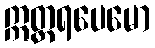
ဣတ္တရပေမော